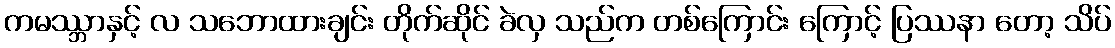
ကမဿ္ဘာနှင့် လ သဘောထားချင်း တိုက်ဆိုင် ခဲလှ သည်က တစ်ကြောင်း ကြောင့် ပြဿနာ တော့ သိပ်